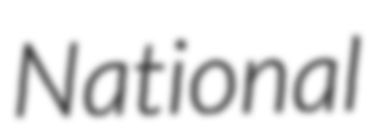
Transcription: National